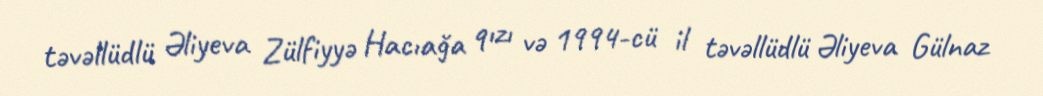
təvəllüdlü Əliyeva Zülfiyyə Hacıağa qızı və 1994-cü il təvəllüdlü Əliyeva Gülnaz